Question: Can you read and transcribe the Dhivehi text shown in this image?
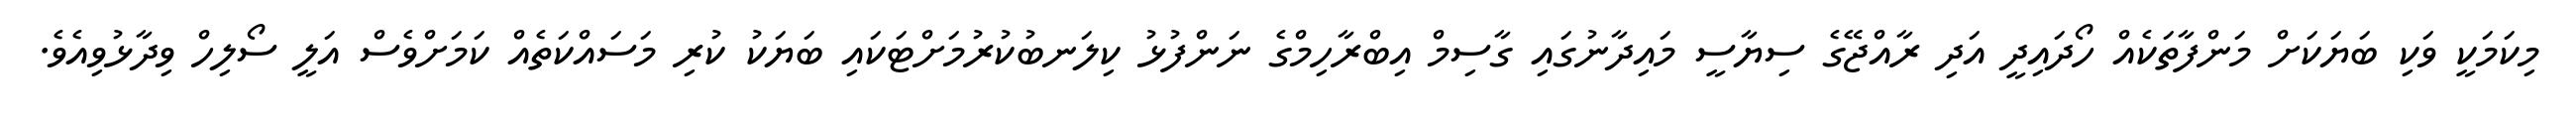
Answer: މިކަމަކީ ވަކި ބަޔަކަށް މަންފާތަކެއް ހޯދައިދީ އަދި ރާއްޖޭގެ ސިޔާސީ މައިދާނުގައި ގާސިމް އިބްރާހިމްގެ ނަންފުޅު ކިލަނބުކުރުމަށްޓަކައި ބަޔަކު ކުރި މަސައްކަތެއް ކަމަށްވެސް އަލީ ސޯލިހް ވިދާޅުވިއެވެ.